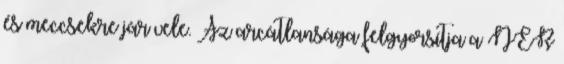
és meccsekre jár vele. Az arcátlansága felgyorsítja a NER